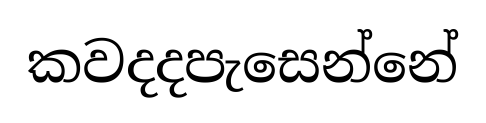
කවදදපැසෙන්නේ